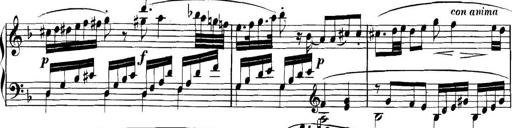
Title: Collected Piano Sonatas
Composer: Muzio Clementi